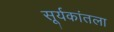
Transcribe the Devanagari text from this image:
सूर्यकांतला